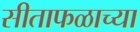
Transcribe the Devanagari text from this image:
सीताफळाच्या